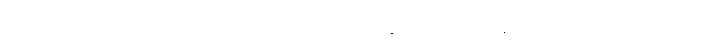
စိတ်သည်။ ရသတဏှာယ၊ ရသာရုံ၌ တပ်တတ်သော တဏှာမှ။ ပဋိလီယတံ ပဋိလီယတိ